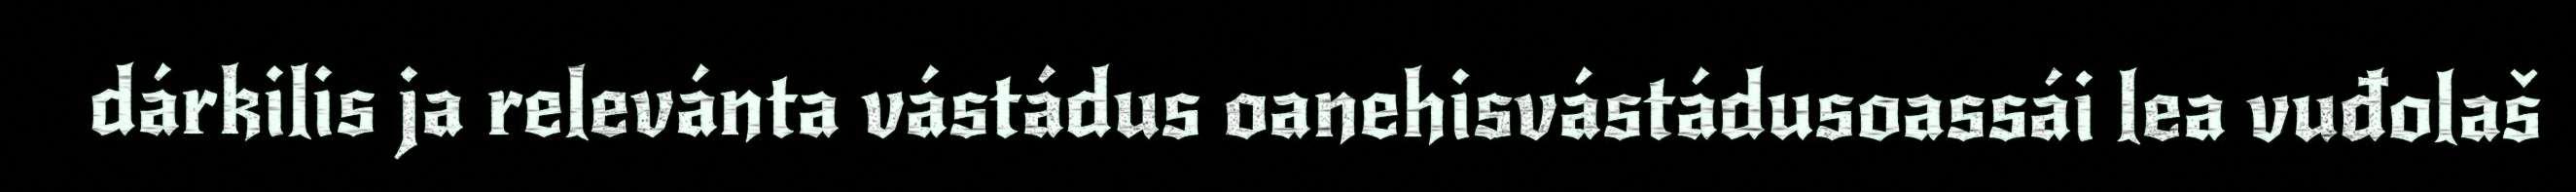
dárkilis ja relevánta vástádus oanehisvástádusoassái lea vuđolaš